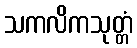
သကလိကသုတ္တံ